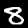
Digit: 8